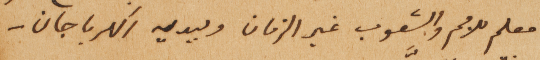
معلم للامم والشعوب غير الزمان وبيديه الكرباجان –